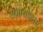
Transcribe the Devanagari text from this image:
सज़ायाफ़्ता